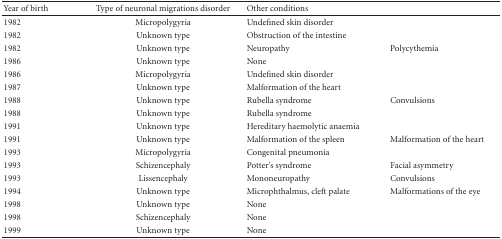
<table><thead><tr><td><b> Year of birth</b></td><td><b>Type of neuronal migrations disorder</b></td><td colspan="2"><b>Other conditions</b></td></tr></thead><tbody><tr><td>1982</td><td>Micropolygyria</td><td>Undefined skin disorder</td><td></td></tr><tr><td>1982</td><td>Unknown type</td><td>Obstruction of the intestine</td><td></td></tr><tr><td>1982</td><td>Unknown type</td><td>Neuropathy</td><td>Polycythemia</td></tr><tr><td>1986</td><td>Unknown type</td><td>None</td><td></td></tr><tr><td>1986</td><td>Micropolygyria</td><td>Undefined skin disorder</td><td></td></tr><tr><td>1987</td><td>Unknown type</td><td>Malformation of the heart</td><td></td></tr><tr><td>1988</td><td>Unknown type</td><td>Rubella syndrome</td><td>Convulsions</td></tr><tr><td>1988</td><td>Unknown type</td><td>Rubella syndrome</td><td></td></tr><tr><td>1991</td><td>Unknown type</td><td>Hereditary haemolytic anaemia</td><td></td></tr><tr><td>1991</td><td>Unknown type</td><td>Malformation of the spleen</td><td>Malformation of the heart</td></tr><tr><td>1993</td><td>Micropolygyria</td><td>Congenital pneumonia</td><td></td></tr><tr><td>1993</td><td>Schizencephaly</td><td>Potter&#x27;s syndrome</td><td>Facial asymmetry</td></tr><tr><td>1993</td><td>Lissencephaly</td><td>Mononeuropathy</td><td>Convulsions</td></tr><tr><td>1994</td><td>Unknown type</td><td>Microphthalmus, cleft palate</td><td>Malformations of the eye</td></tr><tr><td>1998</td><td>Unknown type</td><td>None</td><td></td></tr><tr><td>1998</td><td>Schizencephaly</td><td>None</td><td></td></tr><tr><td>1999</td><td>Unknown type</td><td>None</td><td></td></tr></tbody></table>